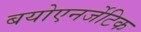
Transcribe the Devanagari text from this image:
बयोएनर्जेटिक